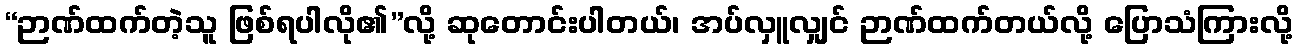
“ဉာဏ်ထက်တဲ့သူ ဖြစ်ရပါလို၏”လို့ ဆုတောင်းပါတယ်၊ အပ်လှူလျှင် ဉာဏ်ထက်တယ်လို့ ပြောသံကြားလို့